Vaccination in Burma 1900-1911 - 1900-1911
Year: 1900
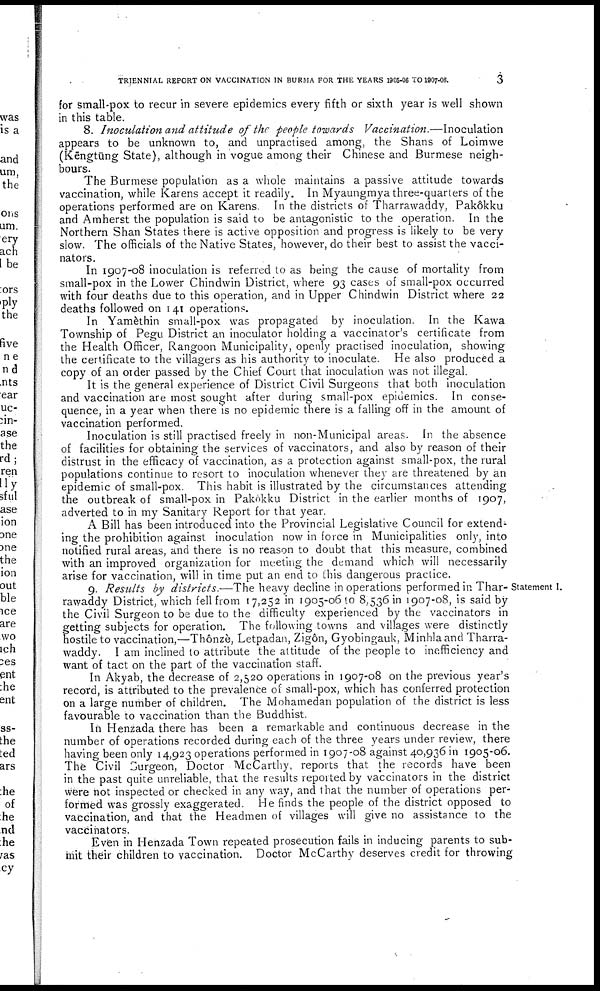
TRIENNIAL REPORT ON VACCINATION IN BURMA FOR THE YEARS 1905-06 TO 1907-08.
3
for small-pox to recur in severe epidemics every fifth or sixth year is well shown
in this table.
8. Inoculation and attitude of the people towards Vaccination.—Inoculation
appears to be unknown to, and unpractised among, the Shans of Loimwe
(Kēngtūng State), although in vogue among their Chinese and Burmese neigh
bours.
The Burmese population as a whole maintains a passive attitude towards
vaccination, while Karens accept it readily. In Myaungmya three-quarters of the
operations performed are on Karens. In the districts of Tharrawaddy, Pakôkku
and Amherst the population is said to be antagonistic to the operation. In the
Northern Shan States there is active opposition and progress is likely to be very
slow. The officials of the Native States, however, do their best to assist the vacci-
nators.
In 1907-08 inoculation is referred to as being the cause of mortality from
small-pox in the Lower Chindwin District, where 93 cases of small-pox occurred
with four deaths due to this operation, and in Upper Chindwin District where 22
deaths followed on 141 operations.
In Yamèthin small-pox was propagated by inoculation. In the Kawa
Township of Pegu District an inoculator holding a vaccinator's certificate from
the Health Officer, Rangoon Municipality, openly practised inoculation, showing
the certificate to the villagers as his authority to inoculate. He also produced a
copy of an order passed by the Chief Court that inoculation was not illegal.
It is the general experience of District Civil Surgeons that both inoculation
and vaccination are most sought after during small-pox epidemics. In conse-
quence, in a year when there is no epidemic there is a falling off in the amount of
vaccination performed.
Inoculation is still practised freely in non-Municipal areas. In the absence
of facilities for obtaining the services of vaccinators, and also by reason of their
distrust in the efficacy of vaccination, as a protection against small-pox, the rural
populations continue to resort to inoculation whenever they are threatened by an
epidemic of small-pox. This habit is illustrated by the circumstances attending
the outbreak of small-pox in Pakókku District in the earlier months of 1907,
adverted to in my Sanitary Report for that year.
A Bill has been introduced into the Provincial Legislative Council for extend-
ing the prohibition against inoculation now in force in Municipalities only, into
notified rural areas, and there is no reason to doubt that this measure, combined
with an improved organization for meeting the demand which will necessarily
arise for vaccination, will in time put an end to this dangerous practice.
Statement I.
9. Results by districts.—The heavy decline in operations performed in Thar-
rawaddy District, which fell from 17,252 in 1905-06 to 8,536 in 1907-08, is said by
the Civil Surgeon to be due to the difficulty experienced by the vaccinators in
getting subjects for operation. The following towns and villages were distinctly
hostile to vaccination,—Thônzè, Letpadan, Zigôn, Gyobingauk, Minhla and Tharra-
waddy. I am inclined to attribute the attitude of the people to inefficiency and
want of tact on the part of the vaccination staff.
In Akyab, the decrease of 2,520 operations in 1907-08 on the previous year's
record, is attributed to the prevalence of small-pox, which has conferred protection
on a large number of children. The Mohamedan population of the district is less
favourable to vaccination than the Buddhist.
In Henzada there has been a remarkable and continuous decrease in the
number of operations recorded during each of the three years under review, there
having been only 14,923 operations performed in 1907-08 against 40,936 in 1905-06.
The Civil Surgeon, Doctor McCarthy, reports that the records have been
in the past quite unreliable, that the results reported by vaccinators in the district
were not inspected or checked in any way, and that the number of operations per-
formed was grossly exaggerated. He finds the people of the district opposed to
vaccination, and that the Headmen of villages will give no assistance to the
vaccinators.
Even in Henzada Town repeated prosecution fails in inducing parents to sub-
mit their children to vaccination. Doctor McCarthy deserves credit for throwing